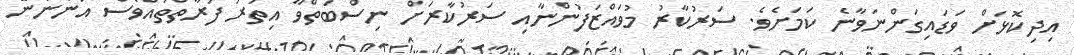
އިދިކޮޅަށް ވަޑައިގަންނަވާނެ ކަމަށެވެ. ސަރުކާރު މުވައްޒަފުންނާއި ސަރުކާރަށް ނިސްބަތްވާ އިތުރު ފަރާތްތައްވެސް އަންނާނޭ